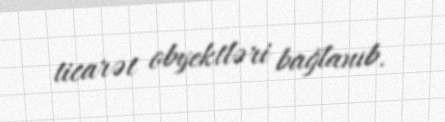
ticarət obyektləri bağlanıb.